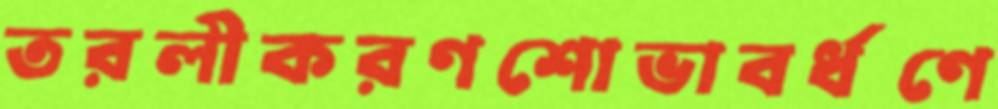
তরলীকরণশোভাবর্ধণে